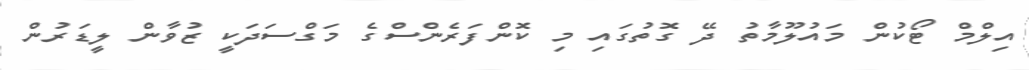
އިލްމް ޓޯކުން މައުލޫމާތު ދޭ ގޮތުގައި މި ކޮންފަރެންސްގެ މަގްސަދަކީ ޒުވާން ލީޑަރުން